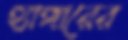
হ্যাঙ্গারের